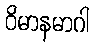
ဝိမာနမာဂါ